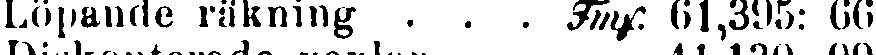
Löpande räkning . . . Tmf. 61,395: 66